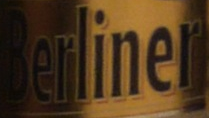
Berlinel